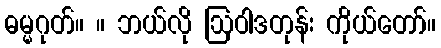
ဓမ္မဂုတ်။ ။ ဘယ်လို ဩဝါဒတုန်း ကိုယ်တော်။